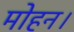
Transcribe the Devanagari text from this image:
मोहन।